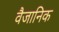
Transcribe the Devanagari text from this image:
वैजानिक